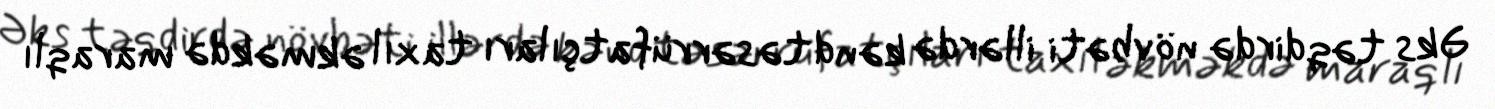
Əks təqdirdə növbəti illərdə kənd təsərrüfatçıları taxıl əkməkdə maraqlı